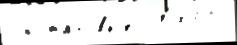
обстано́вк'е  1986